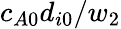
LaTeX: c_{A0}d_{i0}/w_{2}